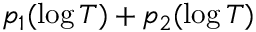
p _ { 1 } ( \log T ) + p _ { 2 } ( \log T )